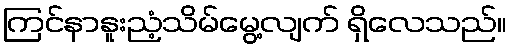
ကြင်နာနူးညံ့သိမ်မွေ့လျက် ရှိလေသည်။